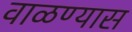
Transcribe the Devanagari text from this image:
वाळण्यास